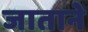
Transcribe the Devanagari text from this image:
जाताने